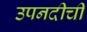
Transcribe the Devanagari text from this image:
उपनदीची